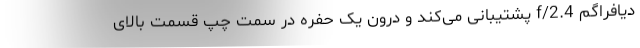
دیافراگم f/2.4 پشتیبانی می‌کند و درون یک حفره در سمت چپ قسمت بالای